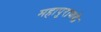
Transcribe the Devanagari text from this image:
महापुराणके